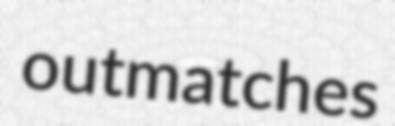
outmatches